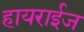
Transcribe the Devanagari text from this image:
हायराईज